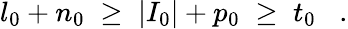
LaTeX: l_{0}+n_{0}\; \geq\; |I_{0}|+p_{0}\; \geq\; t_{0}\; \; \; .